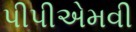
પીપીએમવી